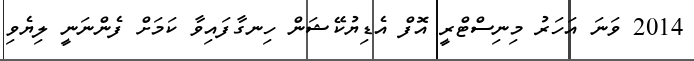
2014 ވަނަ އަހަރު މިނިސްޓްރީ އޮފް އެޑިޔުކޭޝަން ހިނގާފައިވާ ކަމަށް ފެންނަނީ ލިޔެވި